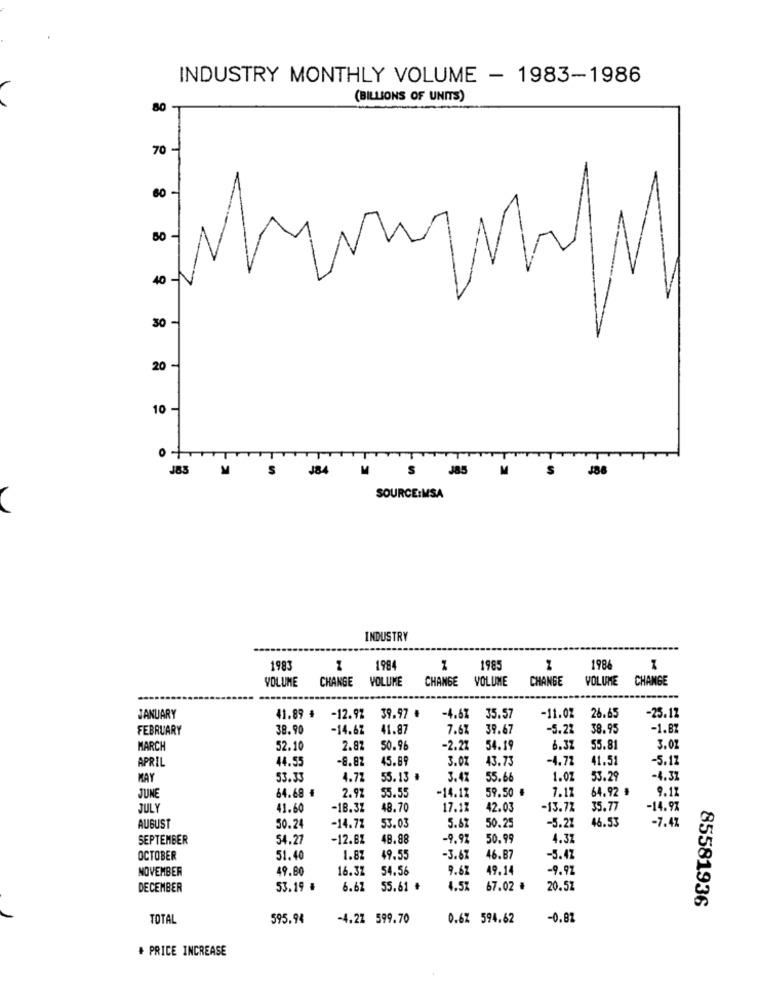
INDUSTRY MONTHLY VOLUME - 1983-1986
(BILLIONS OF UNITS)
80
70-
60-
80 -
40 -
30
20-
10-
O
484
M
S
J85
M
J88
J83 MS
SOURCE:MSA
INDUSTRY
1983
1
1984
1
198
198
1
VOLUME
CHANGE
VOLUME
CHANGE
VOLUME
CHANGE
VOLUME
CHANGE
-25.12
JANUARY
41.89 #
-12.97
39.97 €
-4.67
35.57
-11.02
26.65
FEBRUARY
38.90
-14.67
41.87
7.67
39.67
-5.22
38.95
-1.BZ
MARCH
52.10
2.87
50.96
-2.27
54.19
6.37
55.81
3.0
APRIL
44.5
-8.87
45.89
3.0
43.73
-4.72
41.51
-5.12
MAY
53.33
4.72
55.13
3.4
55.66
1.02
53.29
-4.3%
64.68 €
2.97
-14.17
59.50 #
64.92 #
9.11
JUNE
55.55
7.17
JULY
41.60
-18.32
48.70
17.17
42.03
-13.72
35.77
-14.97
5.62
50.25
46.53
AUGUST
50.2
-14.72
53.03
-5.21
-7.47
SEPTEMBER
54.27
-12.82
48.88
-9.97
50.99
4.37
OCTOBER
51.40
1.82
49.55
-3.67
46.87
-5.47
NOVEMBER
49.80
16.37
54.56
9.67
49.14
-9.97
DECEMBER
53.19 #
6.62
55.61 #
4.5%
67.02 #
20.5Z
85581936
TOTAL
595.94
-4.27 599.70
0.62 594.62
-0.81
. PRICE INCREASE